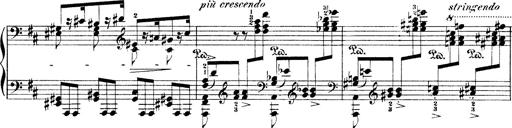
Title: Illustrations de l'opÃ©ra L'Africaine
Composer: Franz Liszt